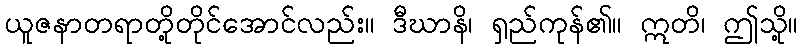
ယူဇနာတရာတို့တိုင်အောင်လည်း။ ဒီဃာနိ၊ ရှည်ကုန်၏။ ဣတိ၊ ဤသို့။